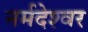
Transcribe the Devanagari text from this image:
नर्मदेश्‍वर